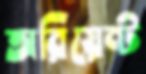
অরিয়েন্ট